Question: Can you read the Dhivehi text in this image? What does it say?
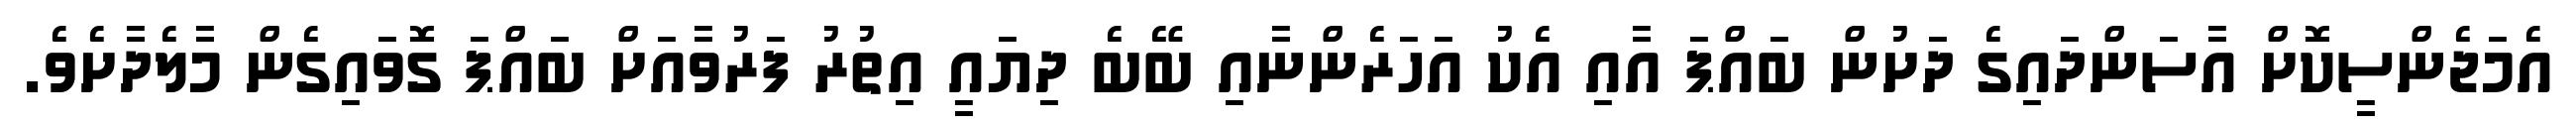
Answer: އެމަޖެންސީކޮށް އާސަންދައިގެ ދަށުން ބައްޕަ އާއި އެކު އަހަރެންނާއި ބޭބެ ދިޔައީ އިތުރު ފަރުވާއަށް ބައްޕަ ގޮވައިގެން މާލެދާށެވެ.